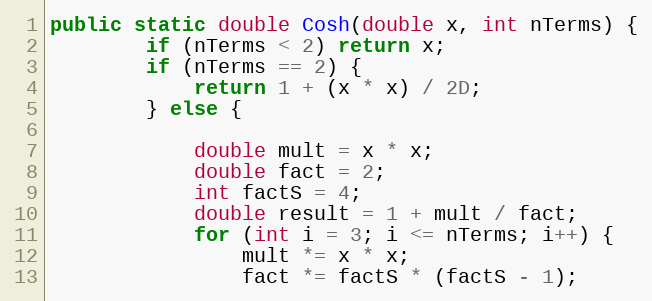
Language: Java
public static double Cosh(double x, int nTerms) {
        if (nTerms < 2) return x;
        if (nTerms == 2) {
            return 1 + (x * x) / 2D;
        } else {

            double mult = x * x;
            double fact = 2;
            int factS = 4;
            double result = 1 + mult / fact;
            for (int i = 3; i <= nTerms; i++) {
                mult *= x * x;
                fact *= factS * (factS - 1);